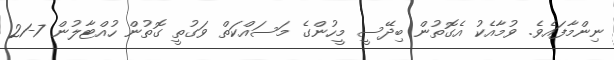
ނިންމާފައެވެ. ވުމާއެކު އެގޮތުން ބިދޭސީ މީހުންގެ މަސައްކަތް ވަގުތީ ގޮތުން ހުއްޓާލުން 7-21